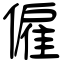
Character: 僱